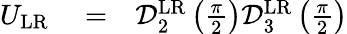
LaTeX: \begin{array}{rlr}{U_{\mathrm{LR}}}&{{}=}&{\mathcal{D}_{2}^{\mathrm{LR}}\left(\frac{\pi}{2}\right)\mathcal{D}_{3}^{\mathrm{LR}}\left(\frac{\pi}{2}\right)}\end{array}